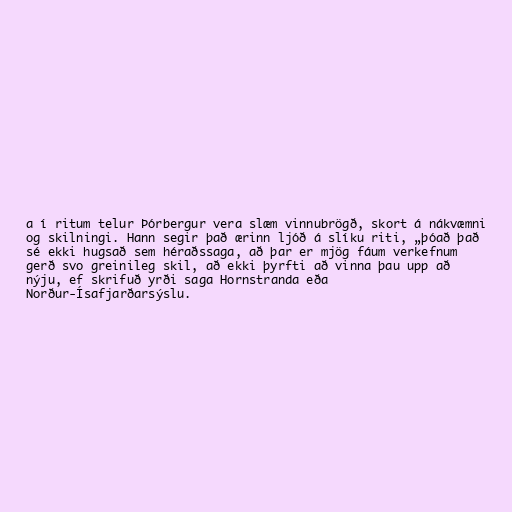
a í ritum telur Þórbergur vera slæm vinnubrögð, skort á nákvæmni
og skilningi. Hann segir það ærinn ljóð á slíku riti, „þóað það
sé ekki hugsað sem héraðssaga, að þar er mjög fáum verkefnum
gerð svo greinileg skil, að ekki þyrfti að vinna þau upp að
nýju, ef skrifuð yrði saga Hornstranda eða
Norður-Ísafjarðarsýslu.